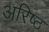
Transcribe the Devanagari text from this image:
अरिष्ठ